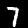
Digit: 7